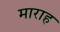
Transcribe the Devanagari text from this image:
माराह